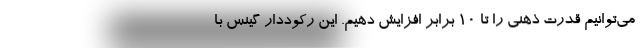
می‌توانیم قدرت ذهنی را تا ۱۰ برابر افزایش دهیم. این رکوددار گینس با